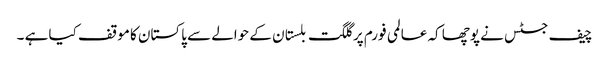
چیف جسٹس نے پوچھا کہ عالمی فورم پر گلگت بلستان کے حوالے سے پاکستان کا موقف کیا ہے ۔